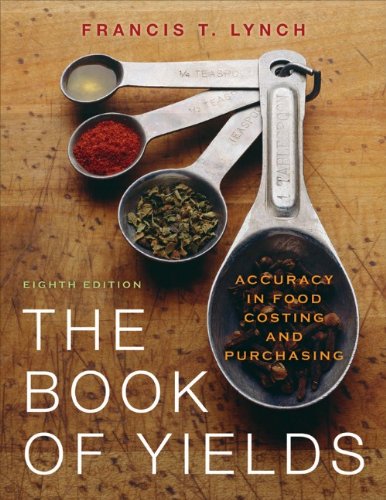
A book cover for The Book of Yields: Accuracy in Food Costing and Purchasing; Francis T. Lynch; Cookbooks, Food & Wine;